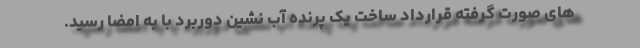
های صورت گرفته قرارداد ساخت یک پرنده آب نشین دوربرد با به امضا رسید.